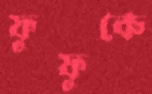
ফুফুকে